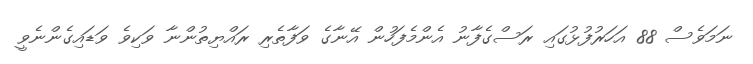
ނަމަވެސް 88 އަހަރުފުޅުގައި ރަސްގެފާނު އެންމެފަހުން އޭނާގެ ވަފާތެރި ރައްޔިތުންނާ ވަކިވެ ވަޑައިގެންނެވީ